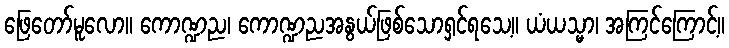
ဖြေတော်မူလော။ ကောဏ္ဍည၊ ကောဏ္ဍညအနွယ်ဖြစ်သောရှင်ရသေ့။ ယံယသ္မာ၊ အကြင်ကြောင့်။